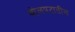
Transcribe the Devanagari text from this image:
बोलपटातील